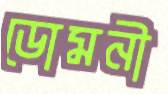
ডোমনী